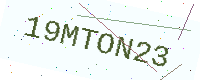
Text: 19MTON23